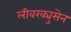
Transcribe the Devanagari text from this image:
लीवरक्युसेन